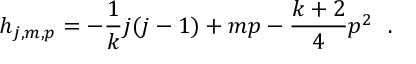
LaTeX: h _ { j , m , p } = - \frac { 1 } { k } j ( j - 1 ) + m p - \frac { k + 2 } { 4 } p ^ { 2 } ~ ~ .